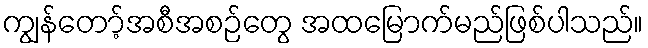
ကျွန်တော့်အစီအစဉ်တွေ အထမြောက်မည်ဖြစ်ပါသည်။